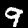
Label: 9